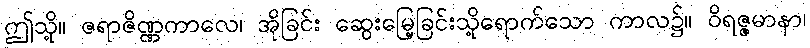
ဤသို့။ ဇရာဇိဏ္ဏကာလေ၊ အိုခြင်း ဆွေးမြေ့ခြင်းသို့ရောက်သော ကာလ၌။ ဝိရဇ္ဇမာနာ၊